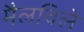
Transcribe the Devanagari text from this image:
मैलविले